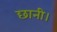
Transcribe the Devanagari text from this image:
छानी।